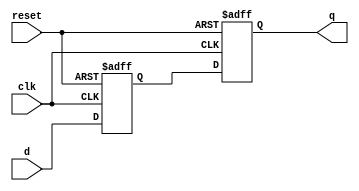
module timing_control_and_sync (
    input wire clk,
    input wire reset,
    input wire d,
    output reg q
);

reg d_sync;

always @(posedge clk or posedge reset) begin
    if (reset) begin
        d_sync <= 1'b0;
        q <= 1'b0;
    end else begin
        d_sync <= d;
        q <= d_sync;
    end
end

endmodule